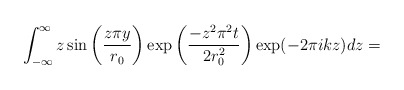
\begin{align*}\int_{-\infty}^{\infty} z \sin\left(\frac{z \pi y}{r_0}\right) \exp\left(\frac{-z^2 \pi^2 t}{2 r_0^2}\right) \exp(-2 \pi i k z) dz = \end{align*}